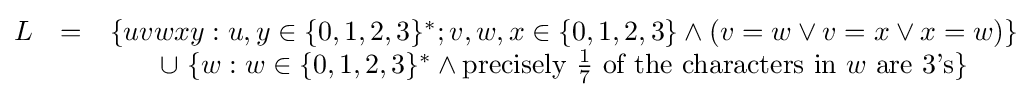
{\begin{matrix}L&=&\{uvwxy:u,y\in \{0,1,2,3\}^{*};v,w,x\in \{0,1,2,3\}\land (v=w\lor v=x\lor x=w)\}\\&&\cup \ \{w:w\in \{0,1,2,3\}^{*}\land {\text{precisely }}{\tfrac {1}{7}}{\text{ of the characters in }}w{\text{ are 3's}}\}\end{matrix}}